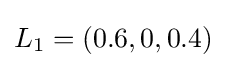
L_{1}=(0.6,0,0.4)